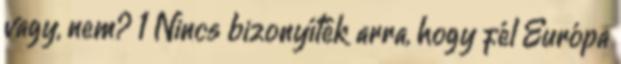
vagy, nem? 1 Nincs bizonyíték arra, hogy fél Európa